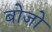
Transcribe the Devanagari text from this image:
बोजो